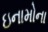
ઇનામોના